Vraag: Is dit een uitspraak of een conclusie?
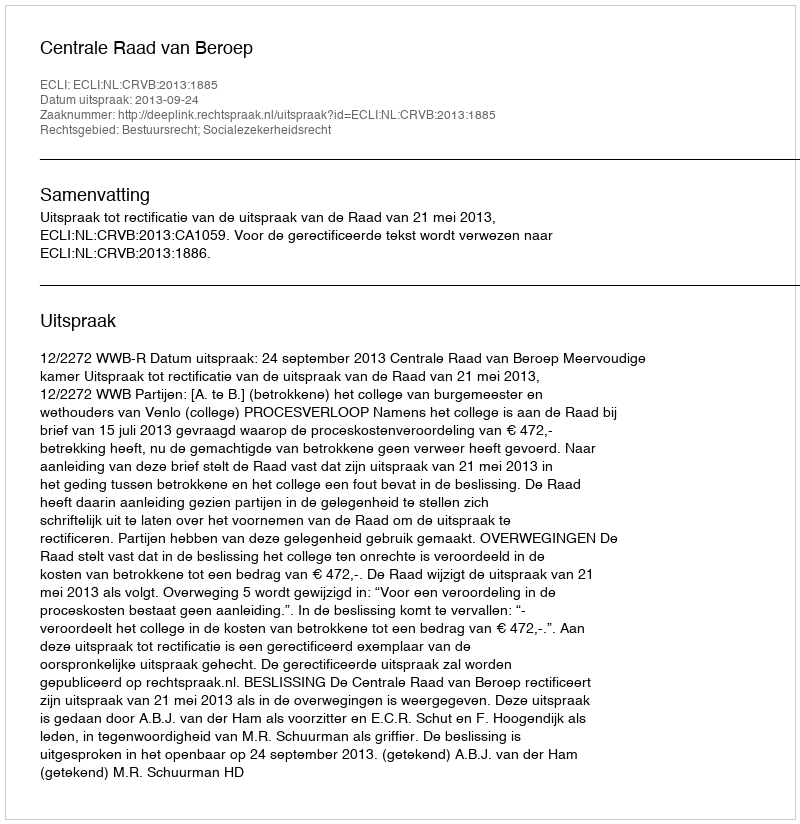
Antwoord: Uitspraak